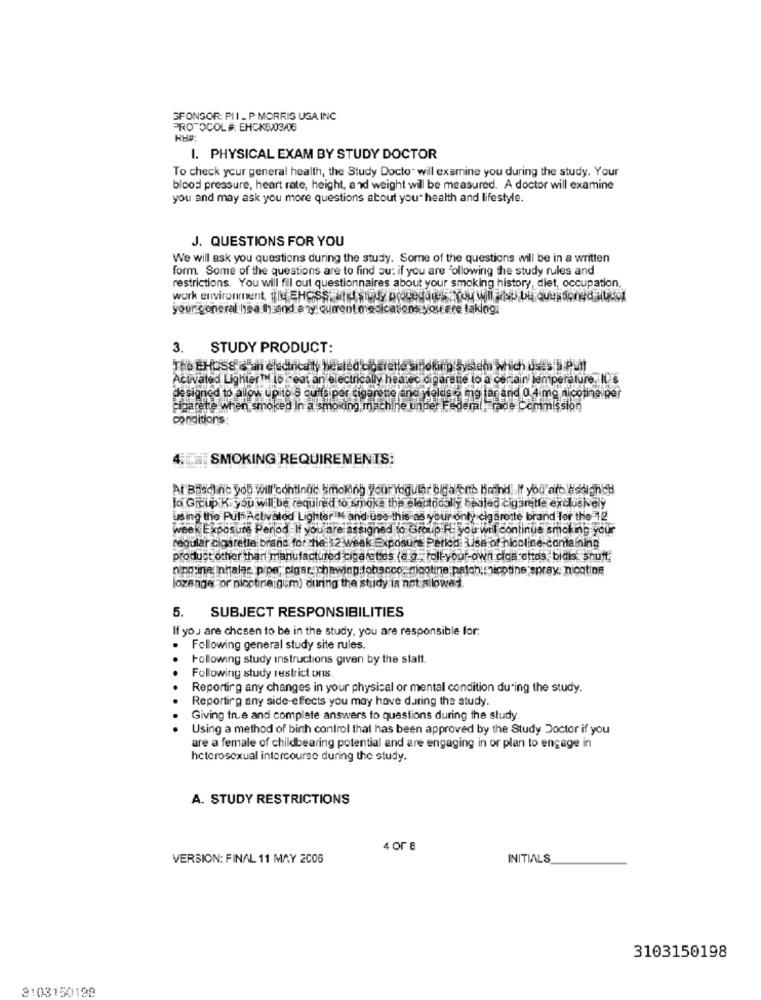
SPONSOR: PII _ P MORRIS USA INC
PROTOCOL #. EHCK6/03/06
RH#
I. PHYSICAL EXAM BY STUDY DOCTOR
To check your general health, the Study Docto" will examine you during the study. Your
blood pressure, heart rate, height, and weight will be measured. A doctor will examine
you and may ask you more questions about you health and lifestyle.
J. QUESTIONS FOR YOU
We will ask you questions during the study. Some of the questions will be in a written
form. Some of the questions are to find out if you are Following the study rules and
restrictions. You will fill out questionnaires about your smoking history, diet, occupation,
your general hea hh and a nyicurrent medications you Ere taklog.
3. STUDY PRODUCT:
The EHOSS is ani eladincaty heated'ciosrette sinolimp system Which does'S:PMit
Activated LighterTH ioTeat an electrically heard cigarette to a certain temperature. IL.s
designed to allow upito a cuisiper sigarette and nieles .- ing tar and 0 4img nicotineiper
cigarette when smoked In a smoking machine under Federaltrade Commission
conditions
4.
SMOKING REQUIREMENTS:
At Basd inc you will'continue smoking your Yogur cigarette brend If you"art istightH
lo Gicup K. you will be required to smoke the electrical y hetiled cigarette excluskely
Using the Pult Activated Lighter M and use this as your only cigaroste brand for the 12
week Exposure Period If you are assigned to Group R. you will continue smoking your
regular cigarette brand for che 12 weak Exposure Perico Use of nicoline-containing
product other than manufactured cigarettes (e'o - roll-your-own cigarettes, bids snutt.
nipotine inhalar pipe, cigar. chewing tobacco: nicotine patch; nicotine spray: nicotine
lozange or nicotine:gum) during the study is not allowed
5. SUBJECT RESPONSIBILITIES
If you are chosen to be in the study, you are responsible for:
Following general study site rules.
Following study instructions given by the statt.
Following study restrict ons.
Reporting any changes in your physical or mental condition during the study.
Reporting any side-effects you may have during the study.
Giving true and complete answers to questions during the study.
Using a method of birth control that has been approved by the Study Doctor if you
are a female of childbearing potential and are engaging in or plan to engage in
heterosexual intercourse during the study.
A. STUDY RESTRICTIONS
4 or 8
VERSION: FINAL 11 MAY 2006
INITIALS
3103150198
3103150198